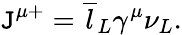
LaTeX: \mathtt{J}^{\mu+}=\overline{{{{l}}}}_{L}\gamma^{\mu}\nu_{L}.